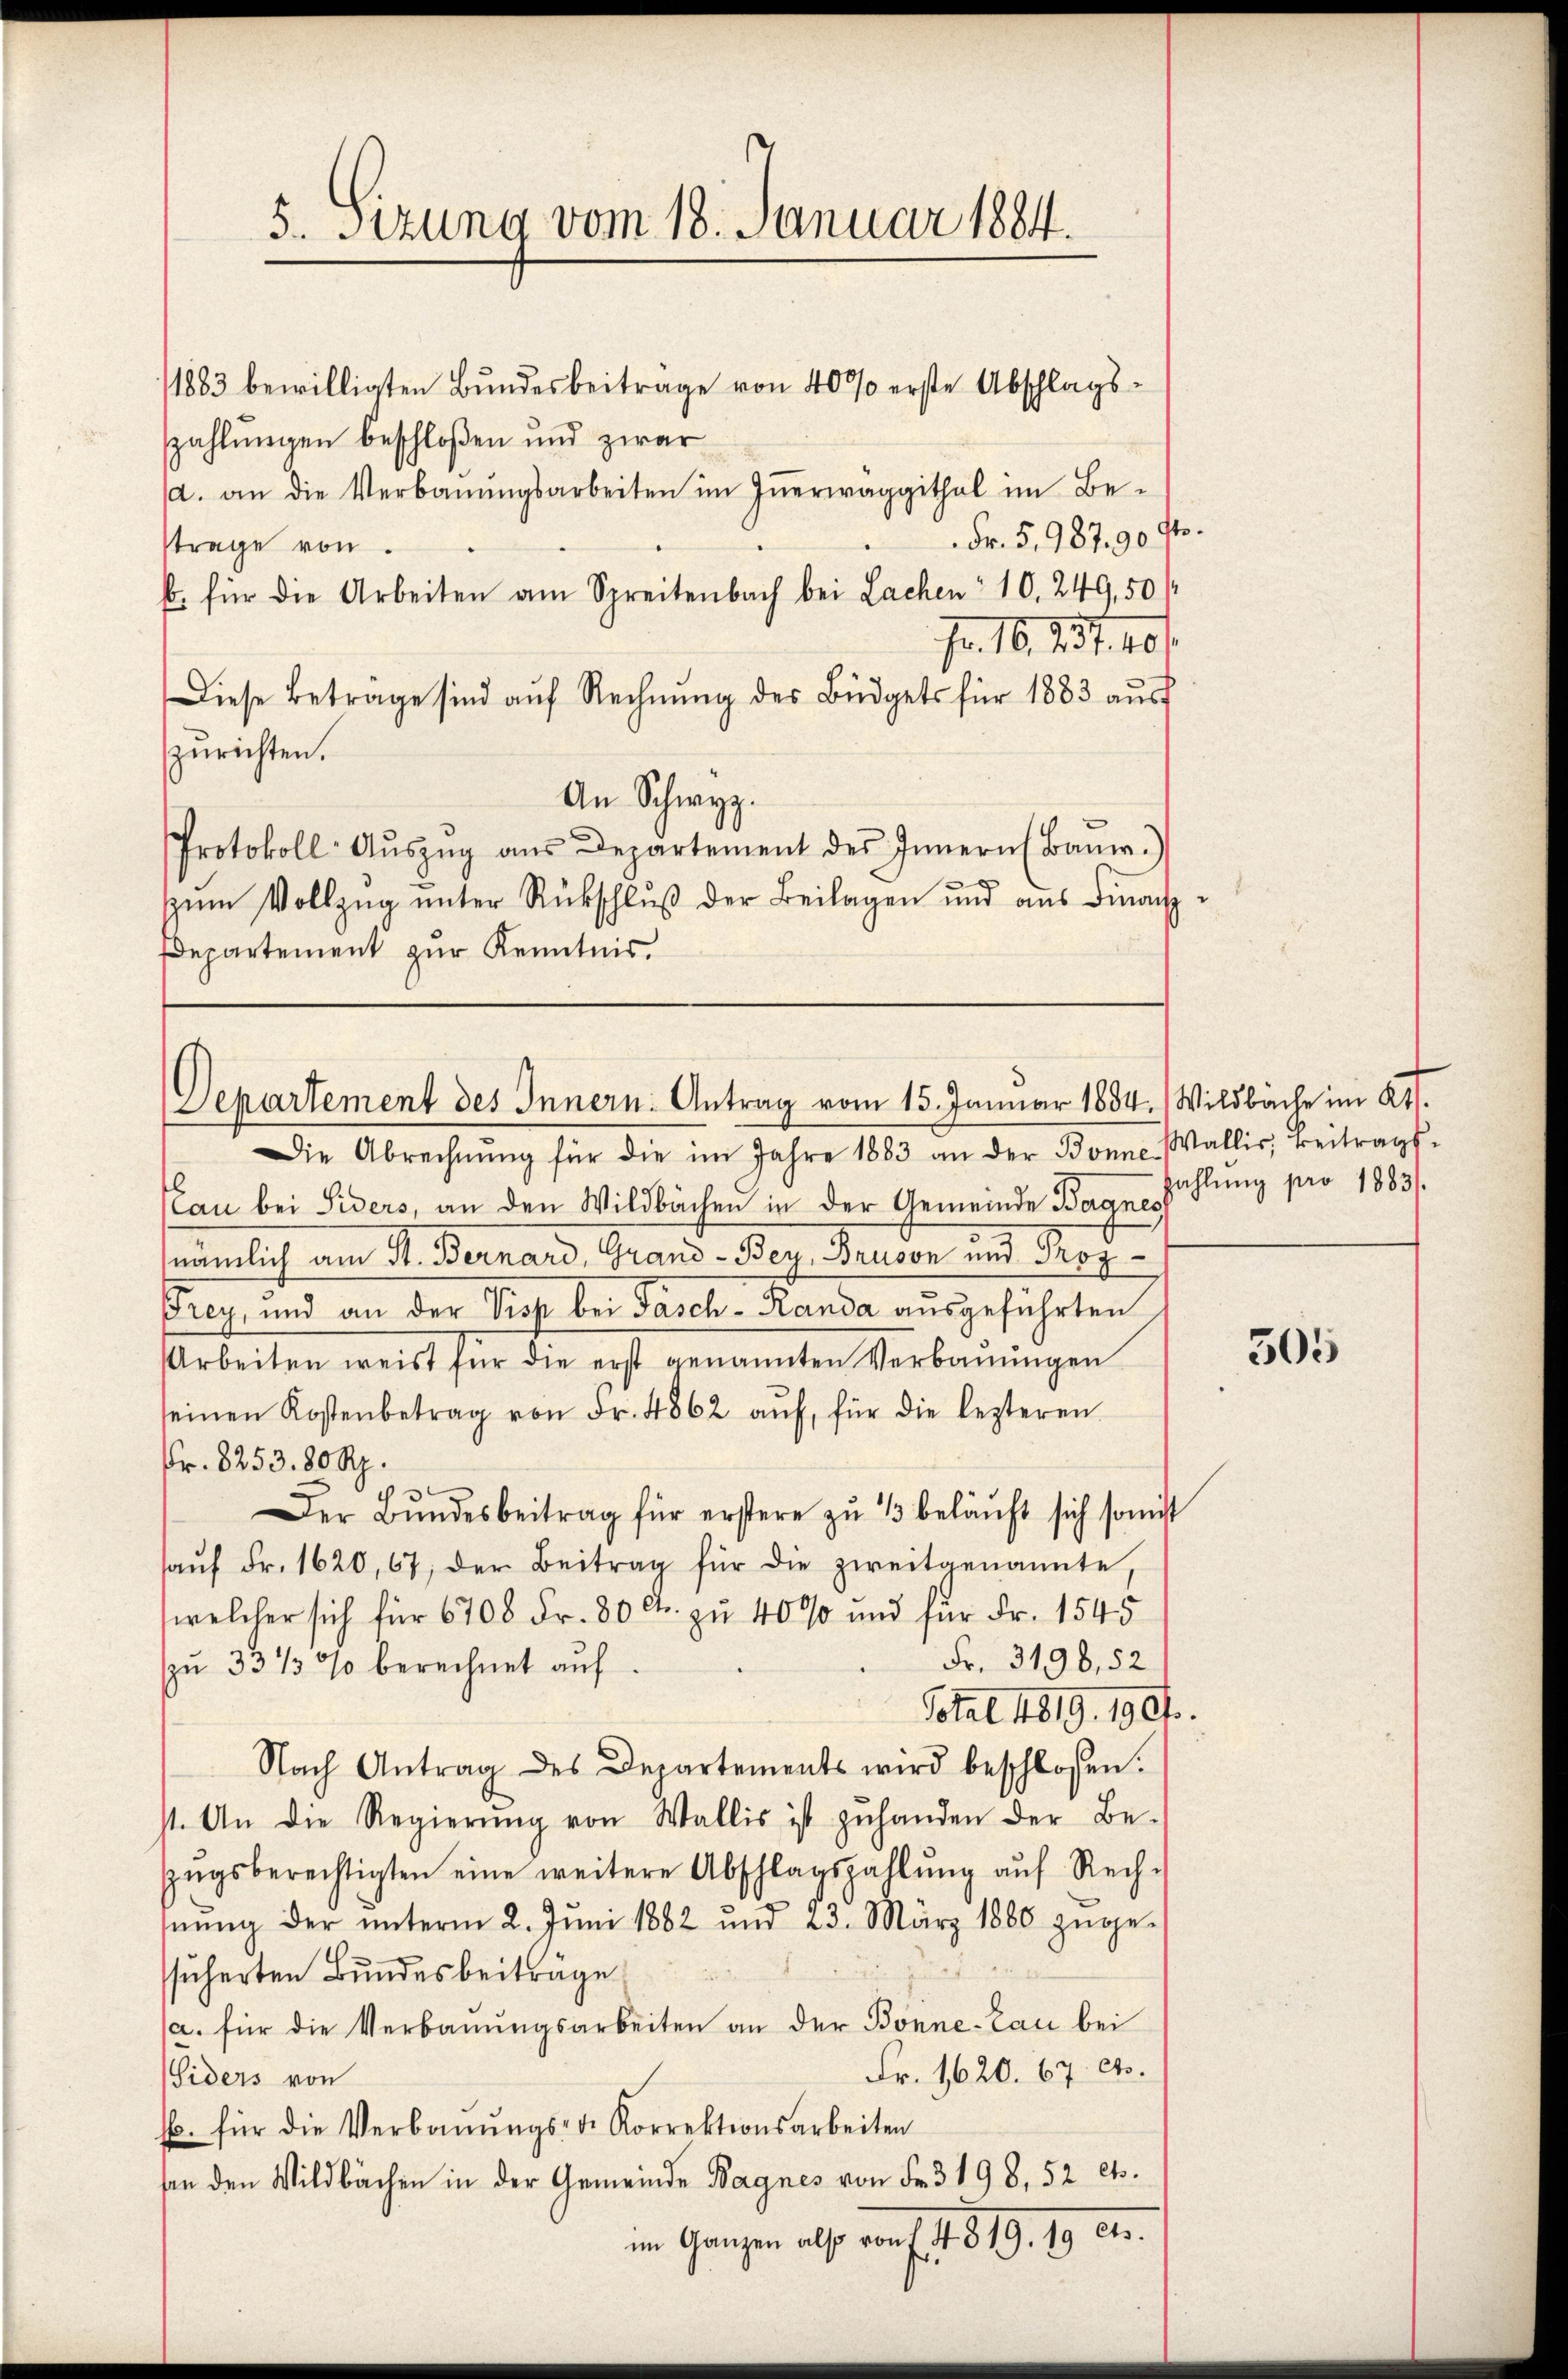
5. Sitzung vom 18. Januar 1884.

/1883 bewilligten Bundesbeiträge von 40% erste Abschlagszahlungen beschloßen und zwar
a. an die Verbaŭŭngsarbeiten im Inerwaggithal im Be-
Fr. 5. 987. 90 ff.
strage von
b. für die Arbeiten am Spreitenbach bei Lachen 10. 249,50/
Fr. 10. d. 1. 401.
Diese Betrage sind aŭf Rechnŭng des Büdgets für 1883 aŭsf
zurichten.
An Schwyz.
Protokoll- Aŭszŭg ans Departement des Innern (Bani.)
zŭm Vollzŭg ŭnter Rückschlŭβ der Beilagen und aus Finanz¬
Departement zur Kenntnis.

Departement des Innern. Antrag vom 15. Januar 1884. Wildbache im Kt.

Die Abrechnŭng für die im Jahre 1883 an der Bonne Wallis, Beitrags-
au bei Siders, an den Wildbächen in der Gemeinde Bargnes
nämlich am St. Bernard, Grand-Bey Bruson und Proz
Frey, und an der Sich bei Fasch - Randa ausgeführten
Arbeiten weist für die erst genannten Verbaŭŭngen
seinen Kostenbetrag von Fr. 4862 aŭf, für die lezteren
Fr. 8253. 80 Rp.
Der Bŭndesbeitrag für erstere zŭ 1 beläuft sich somit
haŭf Fr. 1620, 67 der Beitrag für die zweitgenannte,
welcher sich für 6708 Fr. 80 Fr. zu 40% und für Fr. 1545
Fr. 3198,52)
zu 33 1/3 % berechnet auf
Sotal 4819. 1901.
Nach Antrag des Departements wird beschlossen:
st. An die Regierŭng von Wallis ist zŭ handen der Be-
zŭgsberechtigten eine weitere Abschlagszahlŭng aŭf Rech-
hnŭng der ŭnterm 2. Jŭni 1882 und 23. März 1880 zŭge-
ssicherten Bundesbeiträge
a. für die Verbauungsarbeiten an der Bonne-Lau bei
Fr. 1620. 67 dto.
Siders von
b. für die Verbaŭŭngs- der Korrektionsarbeiten
ben den Wildbachen in der Gemeinde Wagnes von Fr. 3198, 52 Cts.
im Ganzen also von f. 41. 819. 19 c.

zahlung pro 1883.

505